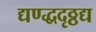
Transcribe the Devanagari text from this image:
द्यण्द्धदृठ्ठद्य